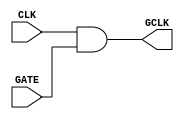
module ClockGating (
    input wire CLK,      // Main clock signal
    input wire GATE,     // Control signal to enable/disable clock
    output wire GCLK     // Gated clock signal
);

// AND gate to generate the gated clock signal
assign GCLK = CLK & GATE;

endmodule